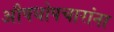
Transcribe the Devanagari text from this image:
औषधोपचारांना